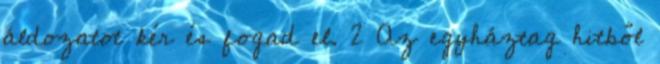
áldozatot kér és fogad el. 2 Az egyháztag hitből